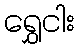
ရွှေငါး